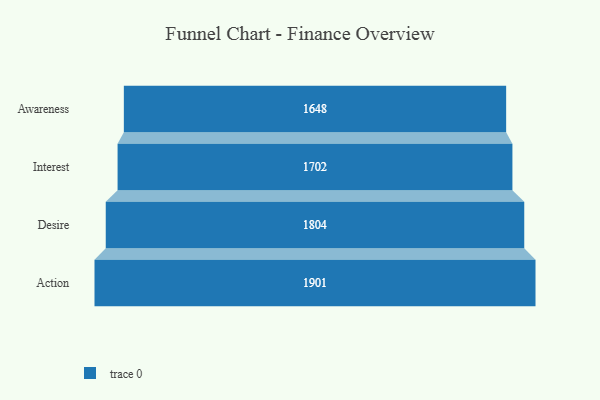
{"axis": {"x": "Stage", "y": "Value"}, "legend": [""], "data": [{"x": "Awareness", "y": 1648.0, "type": ""}, {"x": "Interest", "y": 1702.0, "type": ""}, {"x": "Desire", "y": 1804.0, "type": ""}, {"x": "Action", "y": 1901.0, "type": ""}]}